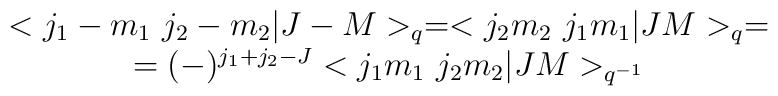
\begin{array}{c}<j_{1}-m_{1} \ j_{2}-m_{2}|J-M>_{q}= <j_{2}m_{2} \ j_{1} m_{1}|JM>_{q}=\\= (-)^{j_{1}+j_{2}-J} <j_{1}m_{1}\ j_{2}m_{2}|JM>_{q^{-1}}\end{array}